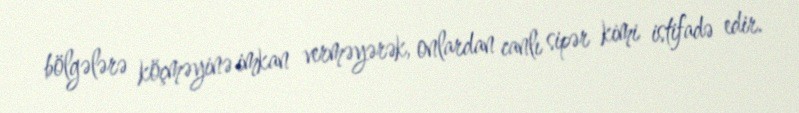
bölgələrə köçməyinə imkan verməyərək, onlardan canlı sipər kimi istifadə edir.